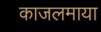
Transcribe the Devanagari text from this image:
काजलमाया